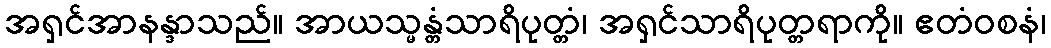
အရှင်အာနန္ဒာသည်။ အာယသ္မန္တံသာရိပုတ္တံ၊ အရှင်သာရိပုတ္တရာကို။ ဧတံဝစနံ၊